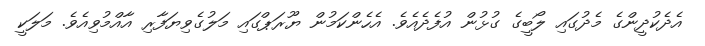
އެދެކުދީންގެ މެދުގައި ލޯބީގެ ގުޅުން އުފެދެއެވެ. އެހެންކަމުން ޔޫރަޕްގައި މަލުގެވިޔަފާރި އާއްމުވިއެވެ. މަލަކީ